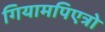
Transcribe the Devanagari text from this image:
गियामपिएत्रो